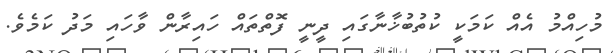
މުހިއްމު އެއް ކަމަކީ ކުތުބުޚާނާގައި ދީނީ ފޮތްތައް ހައިރާން ވާހައި މަދު ކަމެވެ.